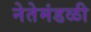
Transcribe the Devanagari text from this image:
नेतेमंडळी